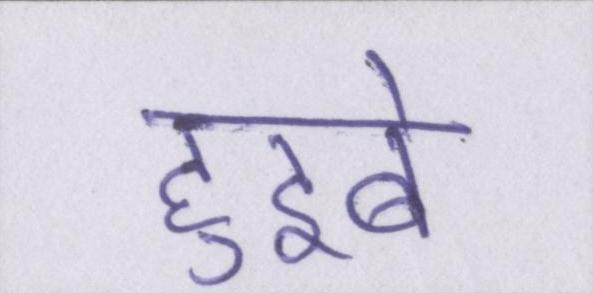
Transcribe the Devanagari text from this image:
हुइबे